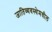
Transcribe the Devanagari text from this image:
जातिव्यवस्थेमधील